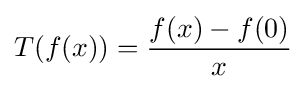
T(f(x))={\frac {f(x)-f(0)}{x}}